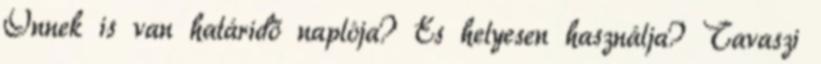
Önnek is van határidő naplója? És helyesen használja? Tavaszi